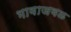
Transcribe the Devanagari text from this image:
भावाजवळ